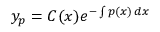
y _ { p } = C ( x ) e ^ { - \int p ( x ) \, d x }